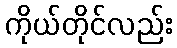
ကိုယ်တိုင်လည်း